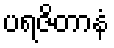
ပရဇိတာနံ